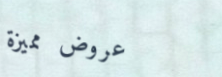
عروض مميزة